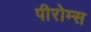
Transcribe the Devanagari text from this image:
पीरोम्स